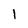
Character: 1